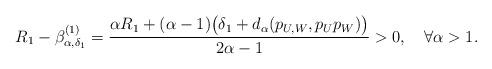
LaTeX: \begin{align*}R_1-\beta^{(1)}_{\alpha,\delta_1}=\frac{\alpha R_1+(\alpha-1)\big(\delta_1+d_\alpha(p_{U,W},p_Up_W)\big)}{2\alpha-1}>0,\quad\forall\alpha>1.\end{align*}